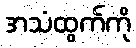
အသံထွက်ကို